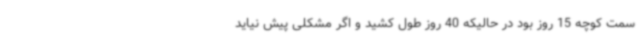
سمت کوچه 15 روز بود در حالیکه 40 روز طول کشید و اگر مشکلی پیش نیاید